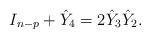
LaTeX: \begin{align*} I_{n-p}+ \hat Y_4= 2 \hat Y_3 \hat Y_2. \end{align*}